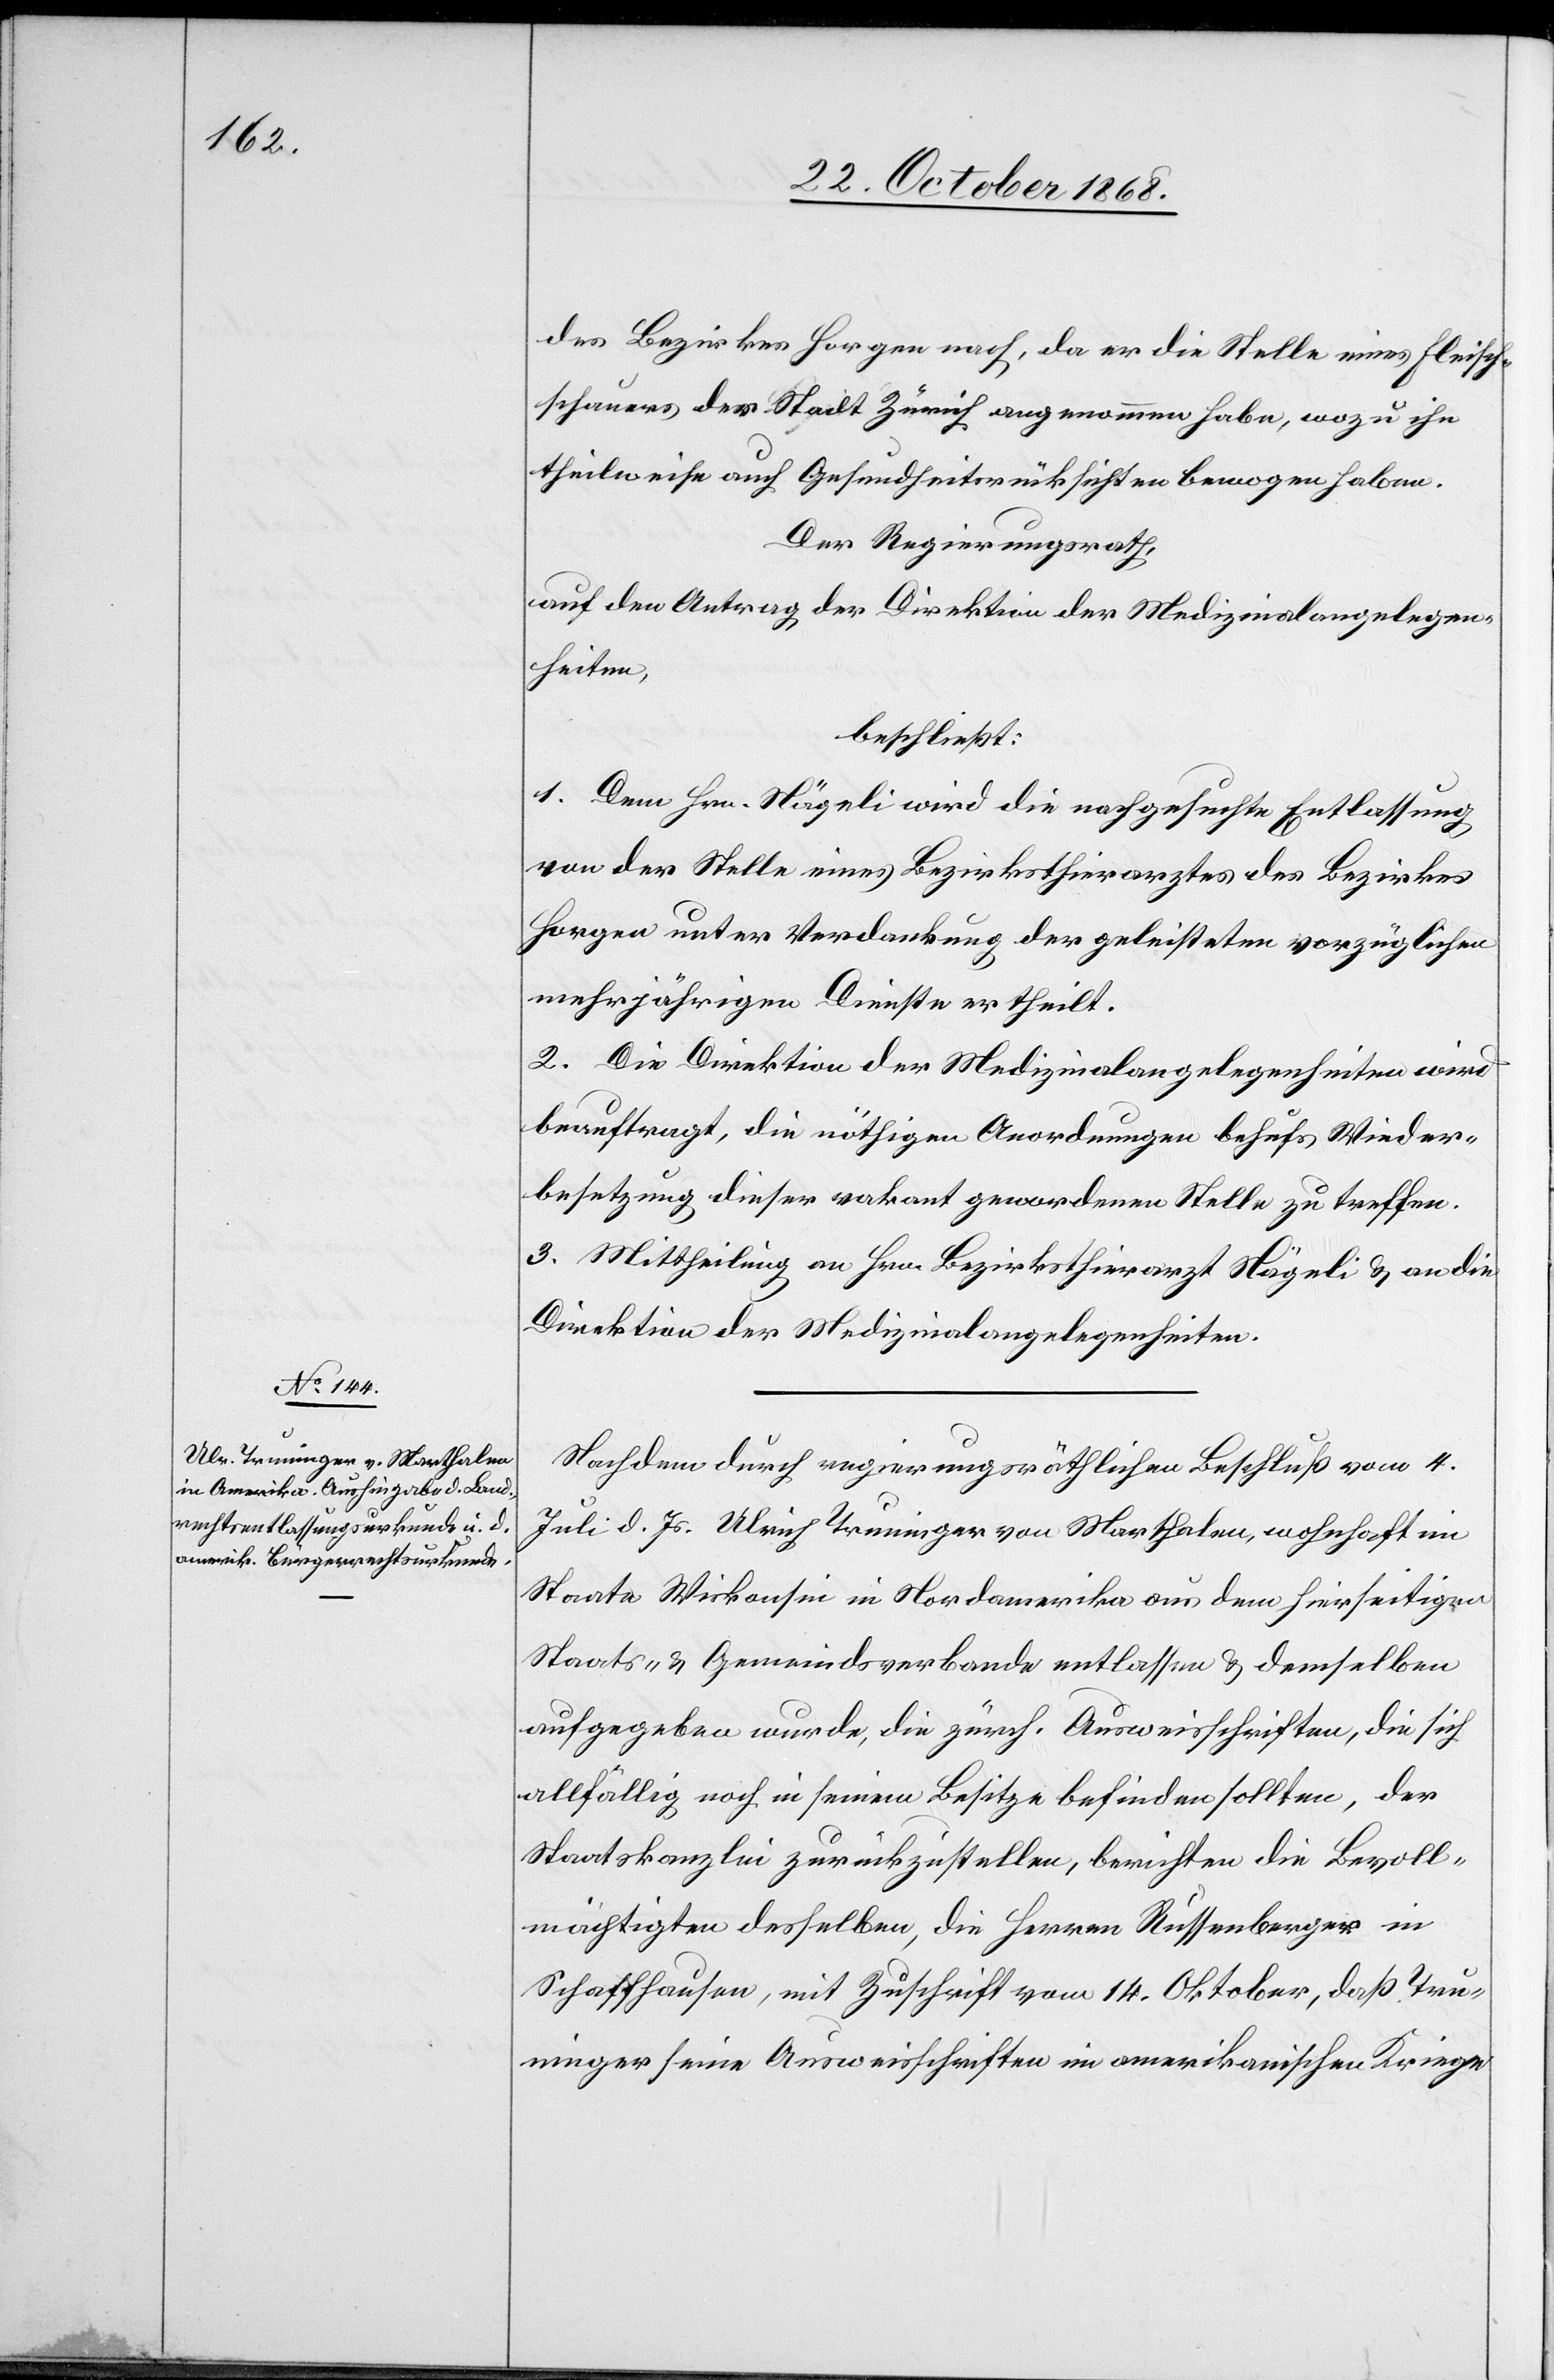
des Bezirkes Horgen nach, da er die Stelle eines Fleisch¬
schauers der Stadt Zürich angenommen habe, wozu ihn
theilweise auch Gesundheitsrücksichten bewogen haben.
Der Regierungsrath,
auf den Antrag der Direktion der Medizinalangelegen¬
heiten,
beschließt:
1. Dem Hrn. Nägeli wird die nachgesuchte Entlassung
von der Stelle eines Bezirksthierarztes des Bezirkes
Horgen unter Verdankung der geleisteten vorzüglichen
mehrjährigen Dienste ertheilt.
2. Die Direktion der Medizinalangelegenheiten wird
beauftragt, die nöthigen Anordnungen behufs Wieder¬
besetzung dieser vakant gewordenen Stelle zu treffen.
3. Mittheilung an Hrn. Bezirksthierarzt Nägeli & an die
Direktion der Medizinalangelegenheiten.
Nachdem durch regierungsräthlichen Beschluß vom 4.
Juli d. Js. Ulrich Truninger von Marthalen, wohnhaft im
Staate Wiskonsin in Nordamerika aus dem hierseitigen
Staats- & Gemeindsverbande entlassen & demselben
aufgegeben wurde, die zürch. Ausweisschriften, die sich
allfällig noch in seinem Besitze befinden sollten, der
Staatskanzlei zurückzustellen, berichten die Bevoll¬
mächtigten desselben, die Herren Russenberger in
Schaffhausen, mit Zuschrift vom 14. Oktober, daß Tru¬
ninger seine Ausweisschriften im amerikanischen Kriege